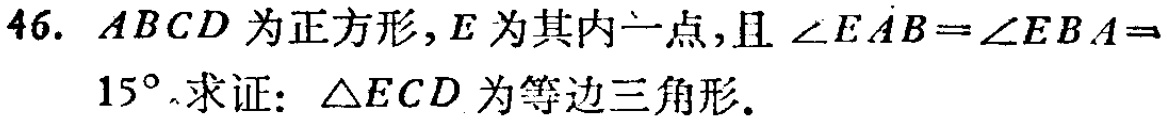
46. \(ABCD\)为正方形，\(E\)为其内一点，且\(\angle EAB = \angle EBA = 15^{\circ}\). 求证：\(\triangle ECD\)为等边三角形.